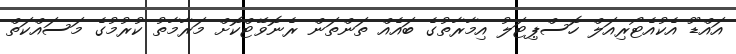
އައްޑޫ އެކުއެޓޯރިއަލް ހޮސްޕިޓަލު އިމާރާތުގެ ބައެއް ތަންތަން ރެނޮވޭޓްކޮށް މަރާމާތު ކުރުމުގެ މަސައްކަތް